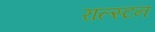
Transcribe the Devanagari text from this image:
राल्स्टन